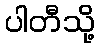
ပါတီသို့